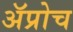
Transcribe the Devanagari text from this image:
अॅप्रोच